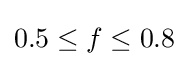
0.5\leq f\leq 0.8